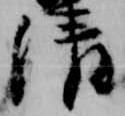
清